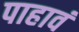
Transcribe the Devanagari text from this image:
पाहावं